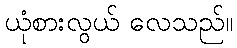
ယုံစားလွယ် လေသည်။